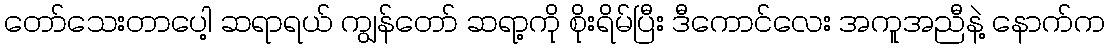
တော်သေးတာပေါ့ ဆရာရယ် ကျွန်တော် ဆရာ့ကို စိုးရိမ်ပြီး ဒီကောင်လေး အကူအညီနဲ့ နောက်က